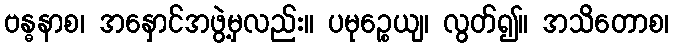
ဗန္ဓနာစ၊ အနှောင်အဖွဲ့မှလည်း။ ပမုဉ္စေယျ၊ လွတ်၍။ အသိတောစ၊